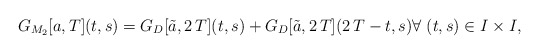
\begin{align*}G_{M_2}[a,T](t,s)=G_D[\tilde{a},2\,T](t,s)+G_D[\tilde{a},2\,T](2\,T-t,s) \forall \; (t,s)\in I\times I,\end{align*}